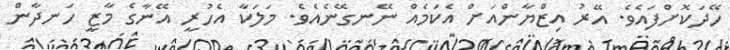
ހޭދަކޮށްފައެވެ. އޭރު އިޒްޔާންއަށް އެކަމެއް ނޭނގޭނެއެވެ. މަލަކާ އެހުރީ އޭނާގެ މާޒީ ހަނދާން